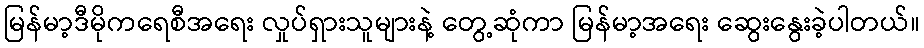
မြန်မာ့ဒီမိုကရေစီအရေး လှုပ်ရှားသူများနဲ့ တွေ့ဆုံကာ မြန်မာ့အရေး ဆွေးနွေးခဲ့ပါတယ်။